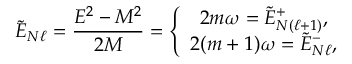
\tilde { E } _ { N \ell } = { \frac { E ^ { 2 } - M ^ { 2 } } { 2 M } } = \left\{ \begin{array} { c } { { 2 m \omega = \tilde { E } _ { N ( \ell + 1 ) } ^ { + } , } } \\ { { 2 ( m + 1 ) \omega = \tilde { E } _ { N \ell } ^ { - } , } } \end{array} \right.